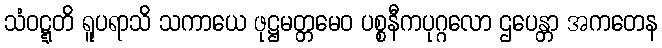
သံဝဋ္ဋတိ ရူပရာသိ သကာယေ ဖုဋ္ဌမတ္တမေဝ ပစ္စနီကပုဂ္ဂလော ဌပေန္တာ အကတေန